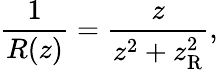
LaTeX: {\frac{1}{R(z)}}={\frac{z}{z^{2}+z_{\mathrm{R}}^{2}}},